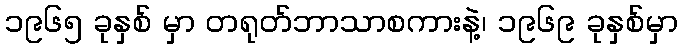
၁၉၆၅ ခုနှစ် မှာ တရုတ်ဘာသာစကားနဲ့၊ ၁၉၆၉ ခုနှစ်မှာ